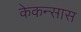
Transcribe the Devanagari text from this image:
केकन्सास